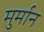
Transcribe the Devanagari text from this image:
मुर्मान